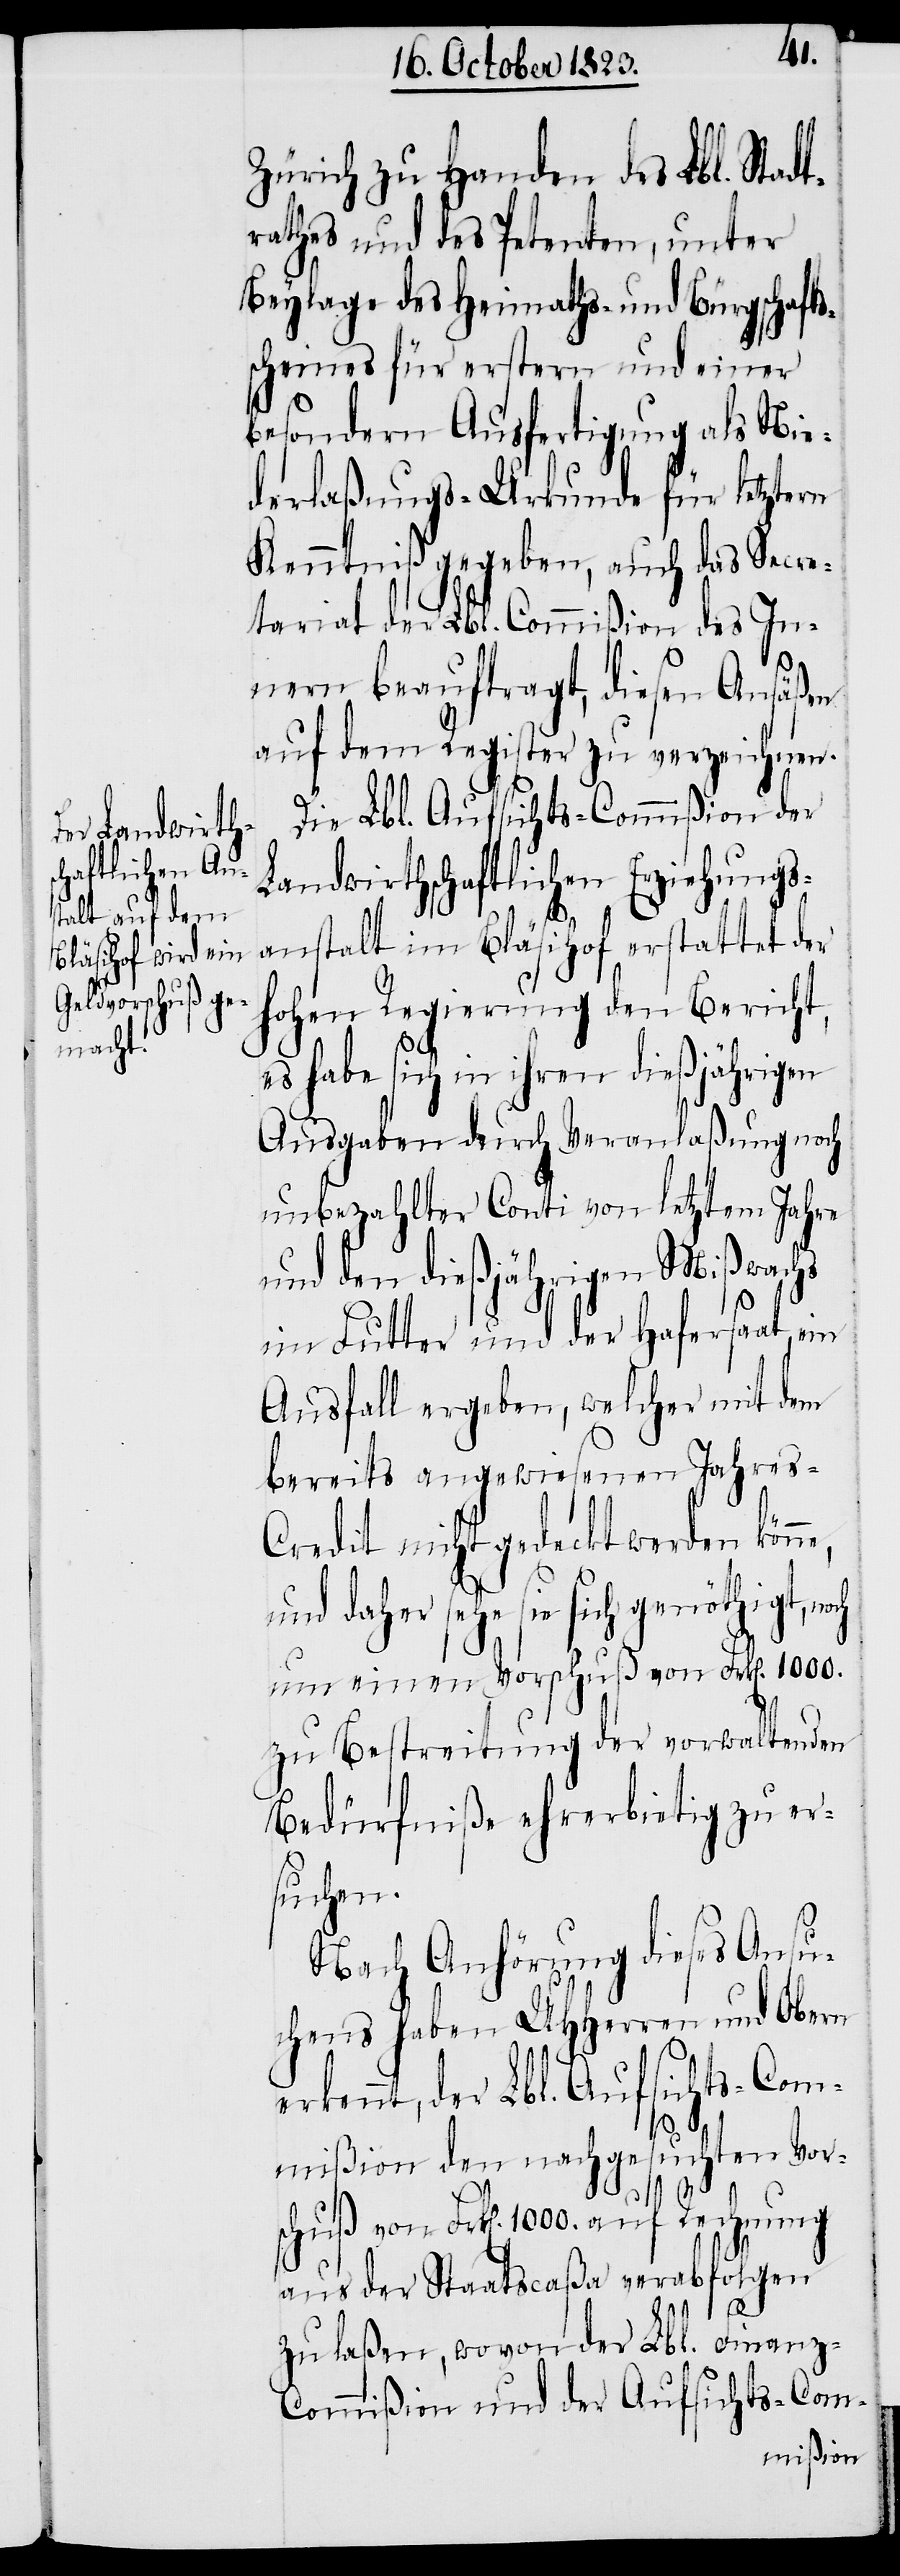
Zürich zu Handen des Lbl. Stadt¬
rathes und des Petenten, unter
Beylage des Heimaths- und Bürgschafts¬
scheines für erstern und einer
besondern Ausfertigung als Nie¬
derlaßungs-Urkunde für letztern
Kenntniß gegeben, auch das Secre¬
tariat der Lbl. Commißion des In¬
nern beauftragt, diesen Ansäßen
auf dem Register zu verzeichnen.
Die Lbl. Aufsichts-Commißion der
Landwirthschaftlichen Erziehungs¬
anstalt im Bläsihof erstattet der
hohen Regierung den Bericht,
es habe sich in ihren dießjährigen
Ausgaben durch Veranlaßung noch
unbezahlter Conti von letztem Jahre
und den dießjährigen Mißwachs
im Futter und der Hafersaat, ein
Ausfall ergeben, welcher mit dem
bereits angewiesenen Jahres-C¬
redit nicht gedeckt werden kön¬
und daher sehe sie sich genöthigt, no¬
um einen Vorschuß von Frk[en]. 1000.
zu Bestreitung der vorwaltenden
Bedürfniße ehrerbietig zu er¬
suchen.
Nach Anhörung dieses Ansu¬
chens haben UHHerren und Obern
rkennt, der Lbl. Aufsichts-Com¬
mißion den nachgesuchten Vors¬
chuß von Frk[en]. 1000. auf Rechnung
aus der Staatscaßa verabfolgen
e¬
zu laßen, wovon der Lbl. Finanz-C¬
ommißion und der Aufsichts-Com-